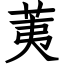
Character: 荑